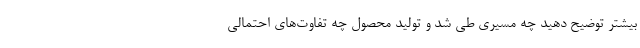
بیشتر توضیح دهید چه مسیری طی شد و تولید محصول چه تفاوت‌های احتمالی